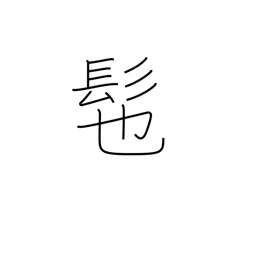
Meaning: wig